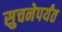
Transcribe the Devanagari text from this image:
सुचनेपर्यंत